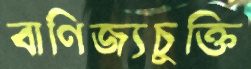
বাণিজ্যচুক্তি